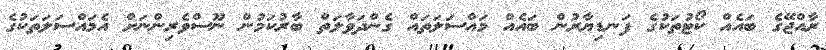
ރާއްޖޭގެ ބައެއް ކޯޓުތަކުގެ ފަނޑިޔާރުން ބައެއް މައްސަލަތައް ގެންދަވާލަތް ބާރުކަމުން ނޫސްވެރިންނަށް އެމައްސަލަތަކުގެ